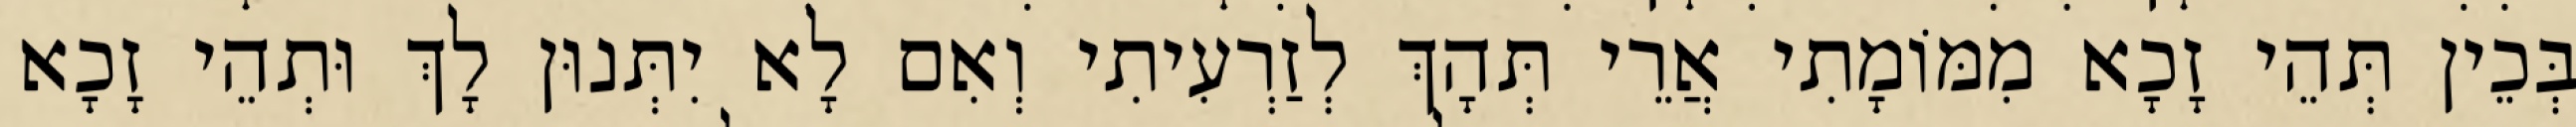
בְּכֵין תְּהֵי זָכָא מִמּוֹמָתִי אֲרֵי תְּהָךְ לְזַרְעִיתִי וְאִם לָא יִתְּנוּן לָךְ וּתְהֵי זָכָא